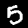
Label: 5